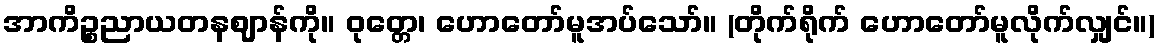
အာကိဉ္စညာယတနဈာန်ကို။ ဝုတ္တေ၊ ဟောတော်မူအပ်သော်။ (တိုက်ရိုက် ဟောတော်မူလိုက်လျှင်။)